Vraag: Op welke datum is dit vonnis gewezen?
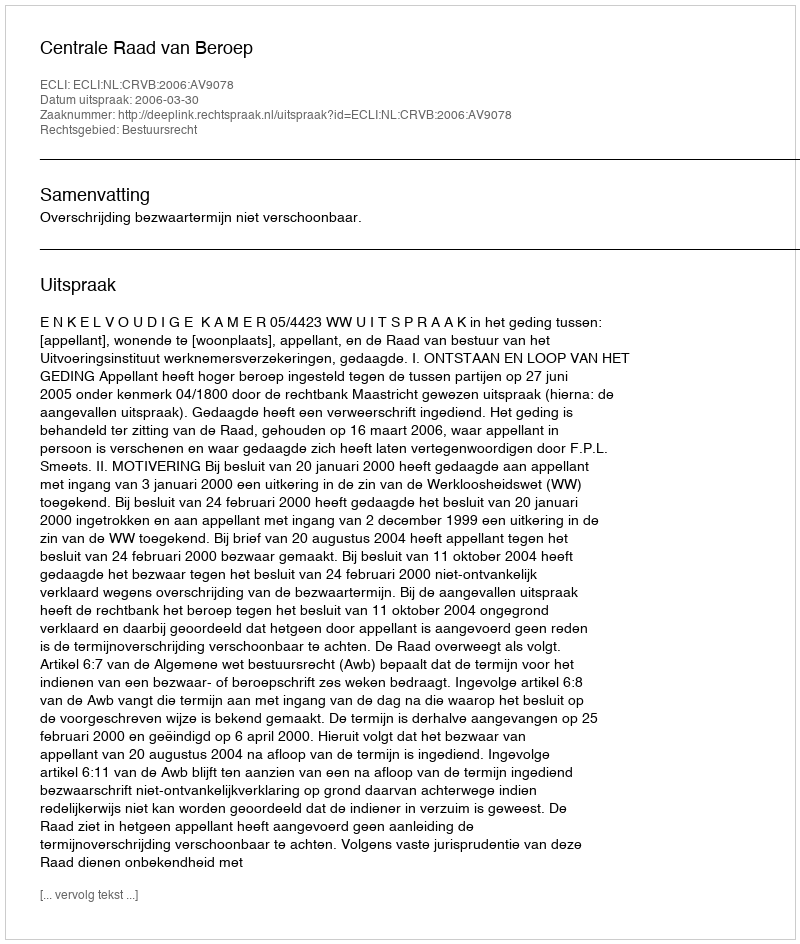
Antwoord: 2006-03-30